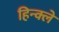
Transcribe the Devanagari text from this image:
हिन्क्ले